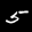
Label: 5